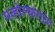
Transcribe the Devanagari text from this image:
मव्होल्फगांग